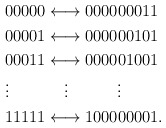
\begin{align*}\begin{aligned}&00000 \longleftrightarrow 000000011\\&00001 \longleftrightarrow 000000101\\&00011 \longleftrightarrow 000001001 \\&\vdots \quad\quad\quad\ \vdots \quad\quad\quad\vdots \\&11111 \longleftrightarrow 100000001.\end{aligned}\end{align*}